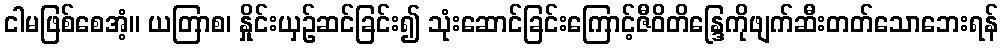
ငါမဖြစ်စေအံ့။ ယတြာစ၊ နှိုင်းယှဉ်ဆင်ခြင်း၍ သုံးဆောင်ခြင်းကြောင့်ဇီဝိတိန္ဒြေကိုဖျက်ဆီးတတ်သောဘေးရန်